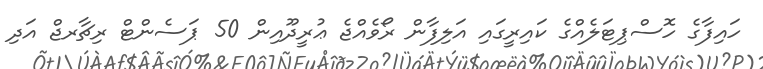
ހައިފާގެ ހޮސްޕިޓަލެއްގެ ކައިރީގައި އަލިފާން ރޯވެއްޖެ ޢުރީދޫއިން 50 ޕަސެންޓް ރިޗާރޖް އަދި